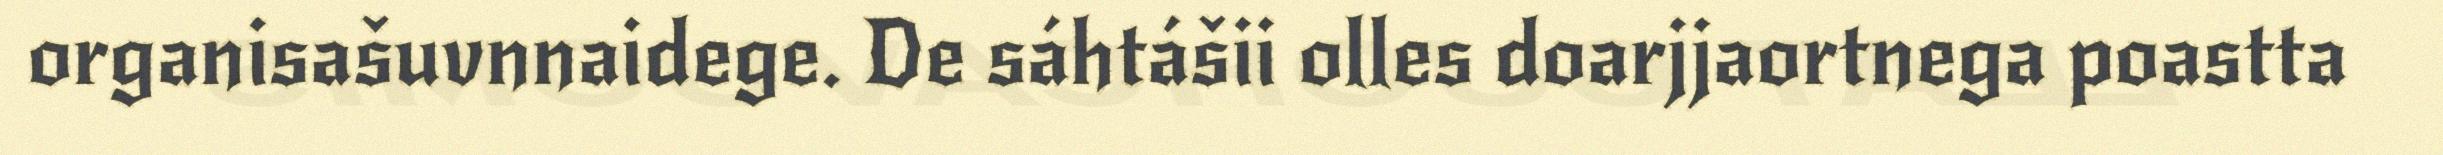
organisašuvnnaidege. De sáhtášii olles doarjjaortnega poastta